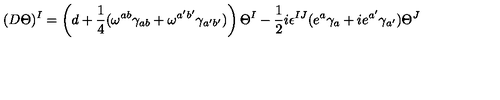
( D \Theta ) ^ { I } = \left( d + { \frac { 1 } { 4 } } ( \omega ^ { a b } \gamma _ { a b } + \omega ^ { a ^ { \prime } b ^ { \prime } } \gamma _ { a ^ { \prime } b ^ { \prime } } ) \right) \Theta ^ { I } - { \frac { 1 } { 2 } } i \epsilon ^ { I J } ( e ^ { a } \gamma _ { a } + i e ^ { a ^ { \prime } } \gamma _ { a ^ { \prime } } ) \Theta ^ { J }